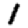
Digit: 1